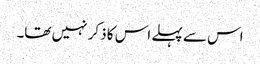
اس سے پہلے اس کا ذکر نہیں تھا۔